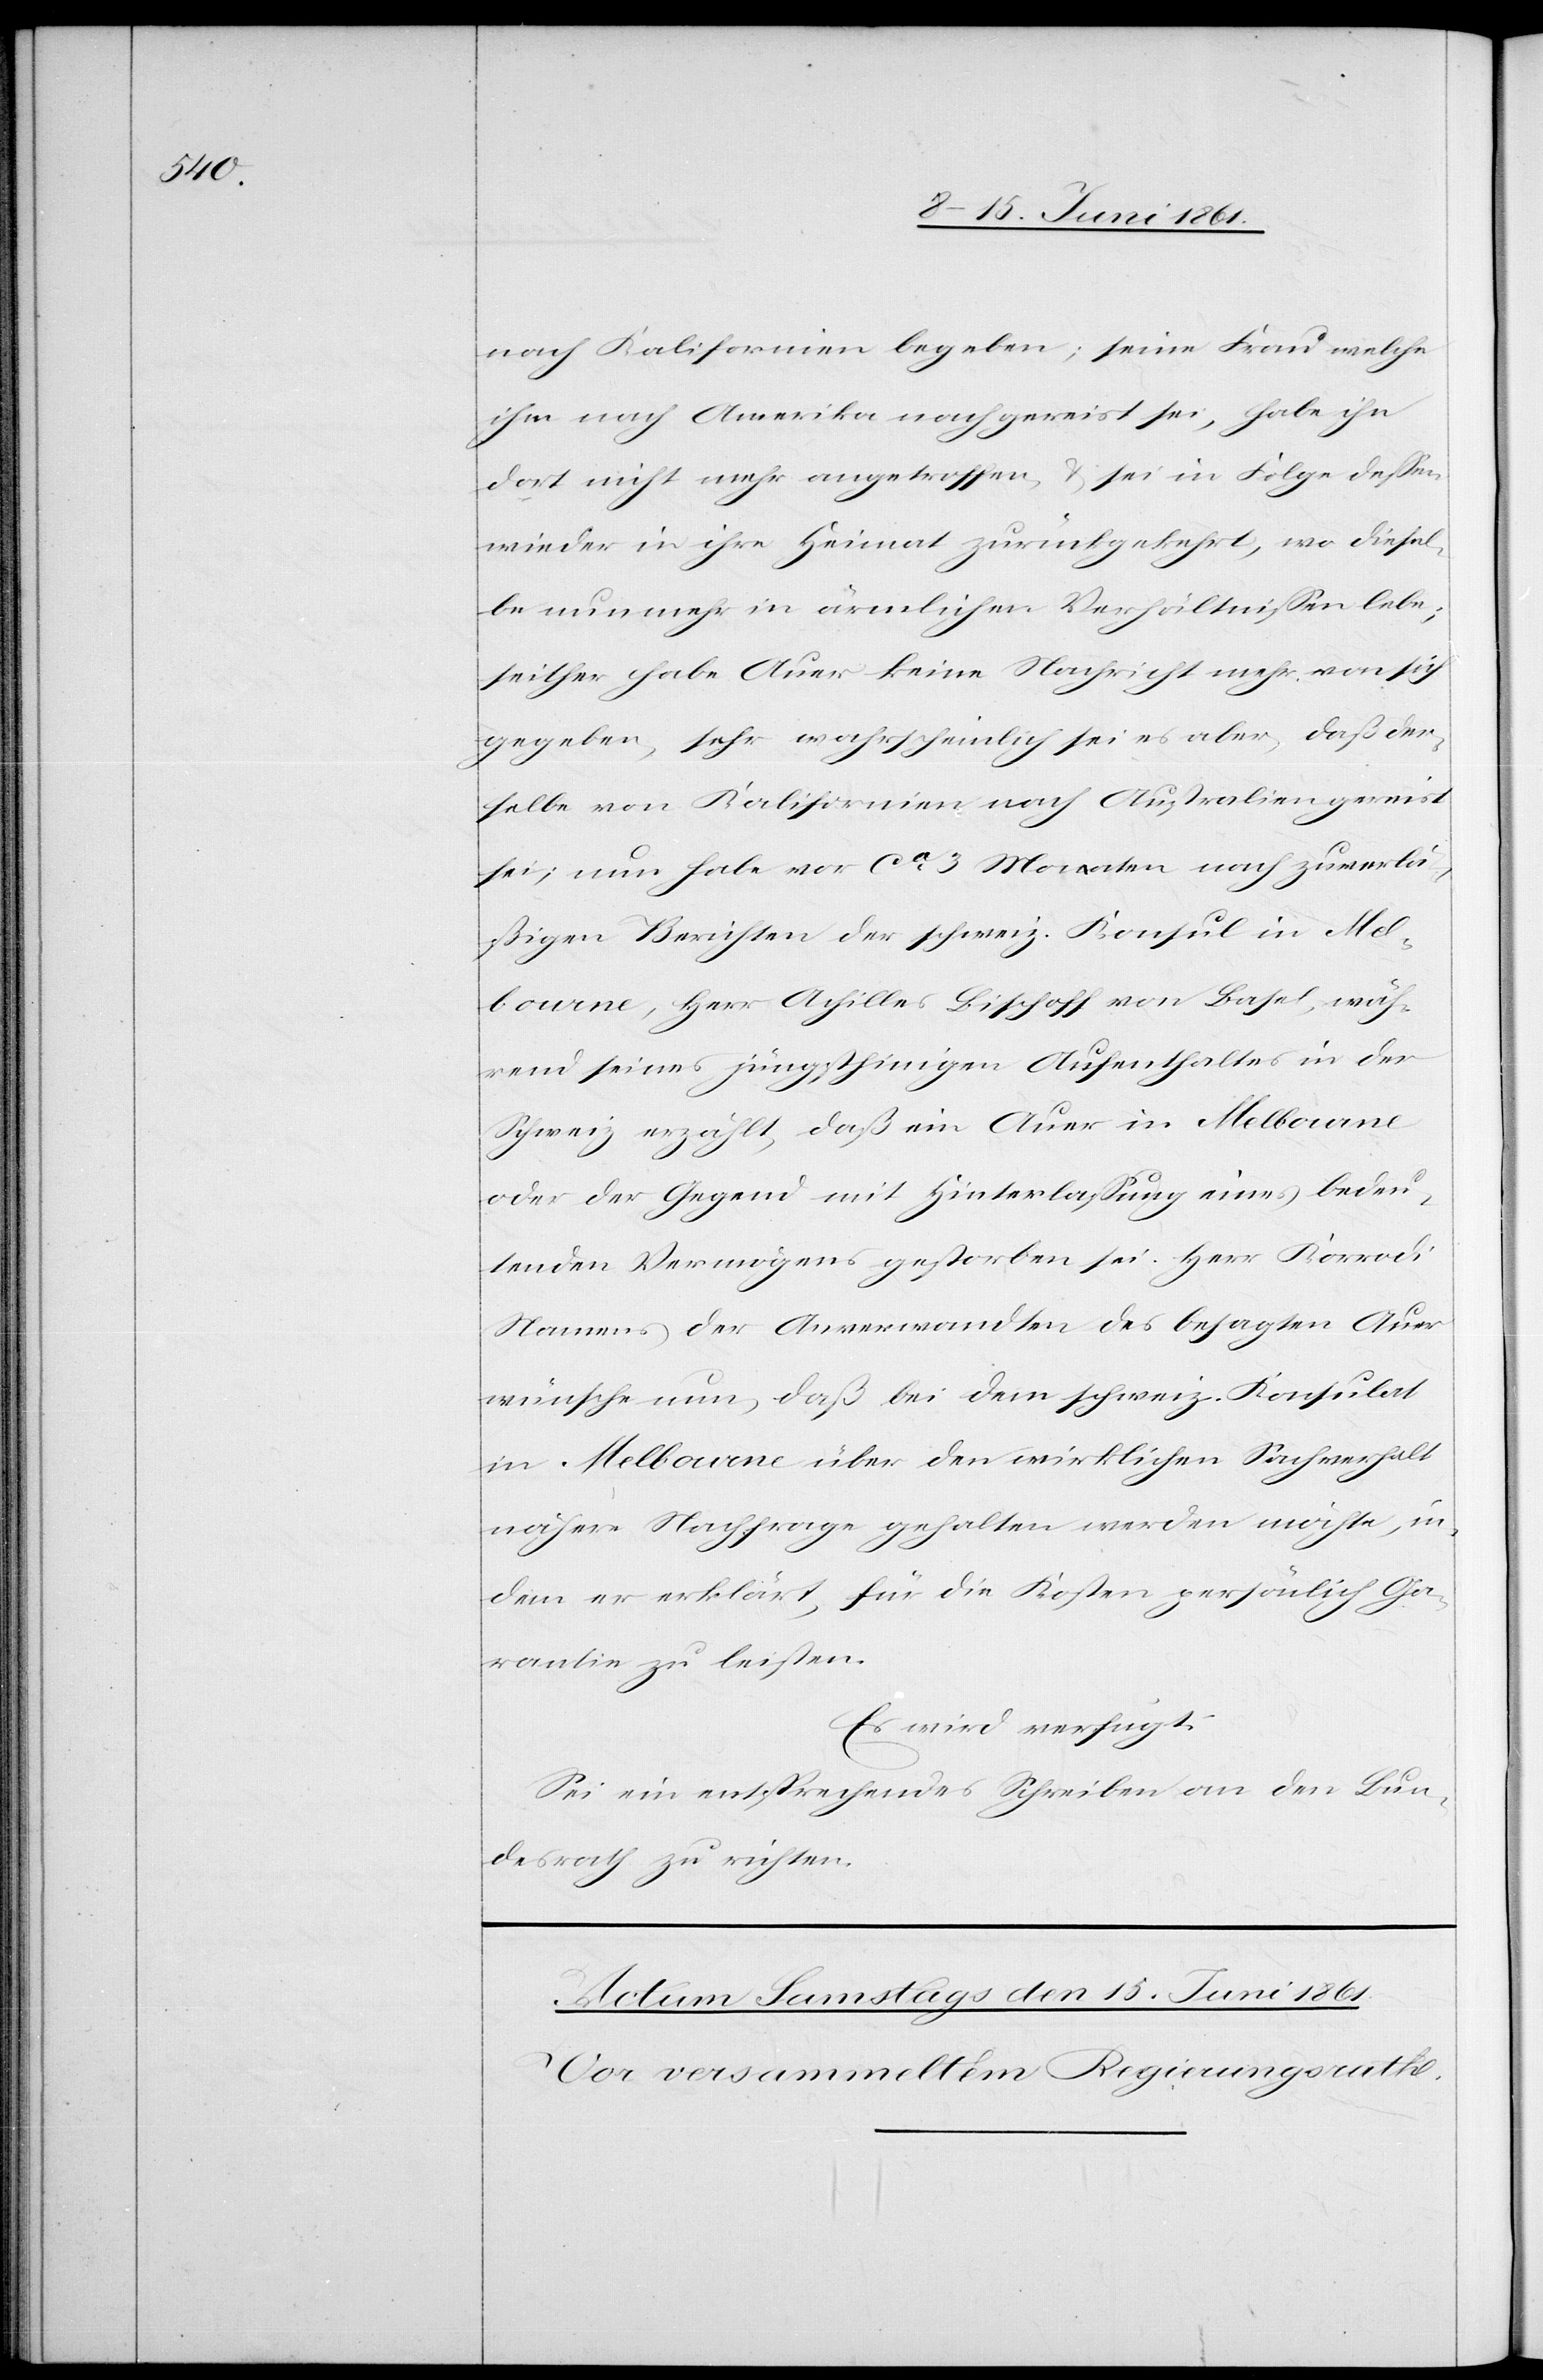
nach Kalifornien begeben; seine Frau welche
ihm nach Amerika nachgereist sei, habe ihn
dort nicht mehr angetroffen u. sei in Folge dessen
wieder in ihre Heimat zurückgekehrt, wo diesel¬
be nunmehr in ärmlichen Verhältnissen lebe;
seither habe Auer keine Nachricht mehr von sich
gegeben, sehr wahrscheinlich sei es aber, daß der¬
selbe von Kalifornien nach Australien gereist
sei; nun habe vor ca 3 Monaten nach zuverlä¬
ßigen Berichten der schweiz. Konsul in Mel¬
bourne, Herr Achilles Bischoff von Basel, wäh¬
rend seines jüngsthinigen Aufenthaltes in der
Schweiz erzählt, daß ein Auer in Melbourne
oder der Gegend mit Hinterlassung eines bedeu¬
tenden Vermögens gestorben sei. Herr Korrodi
Namens der Anverwandten des besagten Auer
wünsche nun, daß bei dem schweiz. Konsulat
in Melbourne über den wirklichen Sachverhalt
nähere Nachfrage gehalten werden möchte, in¬
dem er erklärt, für die Kosten persönlich Ga¬
rantie zu leisten.
Es wird verfügt:
Sei ein entsprechendes Schreiben an den Bun¬
desrath zu richten.